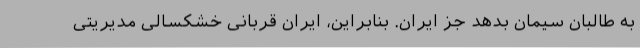
به طالبان سیمان بدهد جز ایران. بنابراین، ایران قربانی خشکسالی مدیریتی